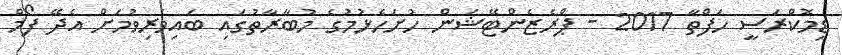
ޑިމޮކްރަސީ ހަފްތާ 2017 - ޕްރެޒެންޓޭޝަން ހުށަހެޅުމުގެ މުބާރާތުގައި ބައިވެރިވުމަށް އެދޭ ފޯމް